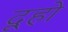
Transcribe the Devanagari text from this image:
दूहो